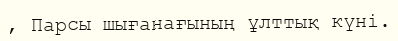
, Парсы шығанағының ұлттық күні.